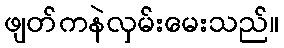
ဖျတ်ကနဲလှမ်းမေးသည်။